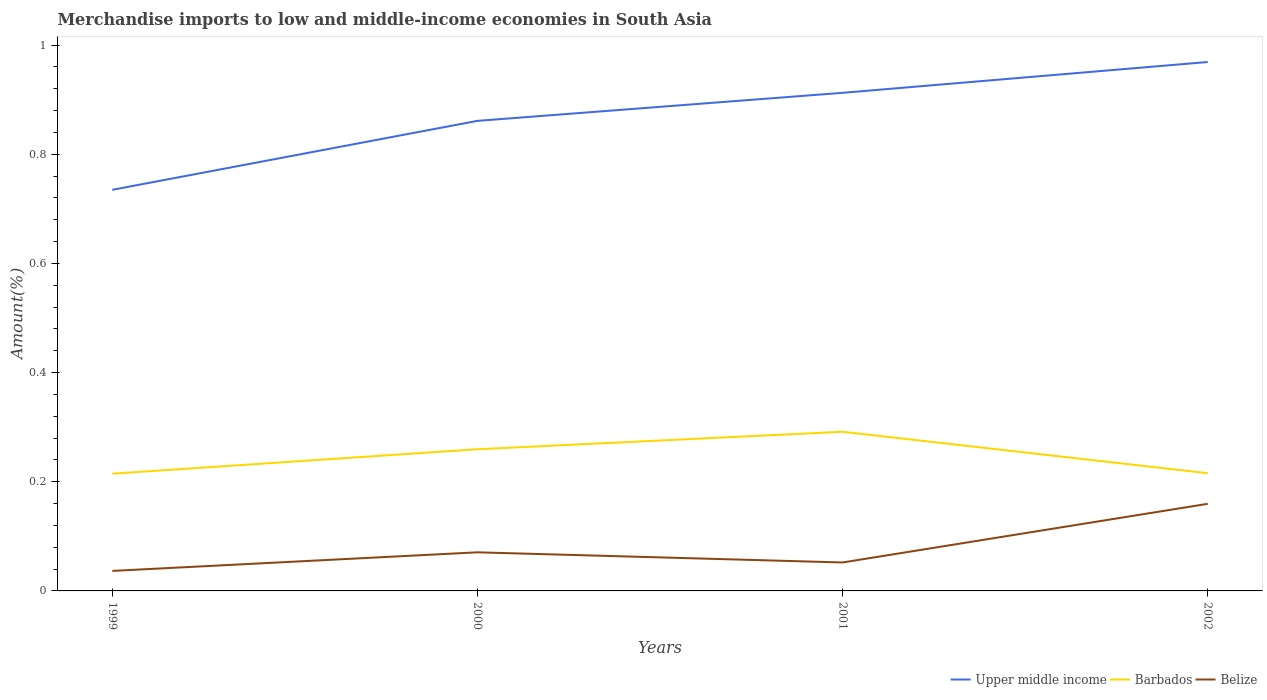
| Years | Upper middle income | Barbados | Belize |
 | --- | --- | --- | --- |
 | 1999 | 0.735 | 0.215 | 0.0367 |
 | 2000 | 0.861 | 0.26 | 0.0707 |
 | 2001 | 0.912 | 0.292 | 0.0521 |
 | 2002 | 0.969 | 0.216 | 0.16 |